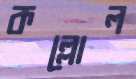
কল্লোল